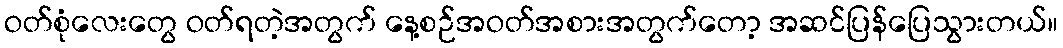
ဝတ်စုံလေးတွေ ဝတ်ရတဲ့အတွက် နေ့စဉ်အဝတ်အစားအတွက်တော့ အဆင်ပြန်ပြေသွားတယ်။